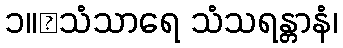
၁။	သံသာရေ သံသရန္တာနံ၊